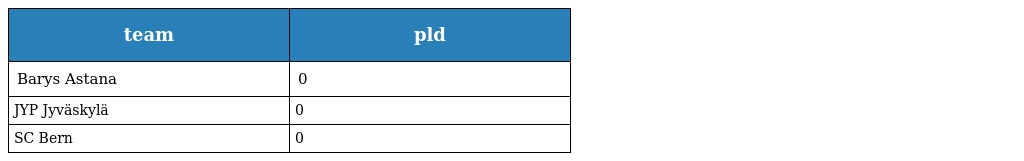
| team | pld |
 | --- | --- |
 | Barys Astana | 0 |
 | JYP Jyväskylä | 0 |
 | SC Bern | 0 |